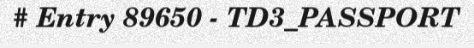
# Entry 89650 - TD3_PASSPORT